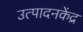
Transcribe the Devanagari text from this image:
उत्पादनकेंद्र